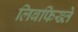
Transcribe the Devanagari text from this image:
लिबफिख्ते